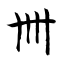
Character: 卌